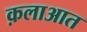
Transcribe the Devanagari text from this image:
क़लाआत